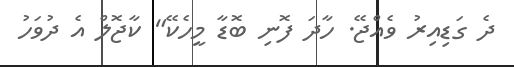
ދެ ގަޑިއިރު ވެއްޖޭ. ހާދަ ފޮނި ބޮޑާ މީހެކޭ" ކާޖޮލް އެ ދުވަހު